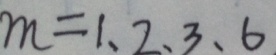
m = 1 、 2 、 3 、 6